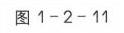
图1 - 2 - 11